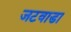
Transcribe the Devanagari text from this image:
जटवाडा